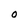
Character: O